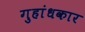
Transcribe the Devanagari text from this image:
गुहांधकार